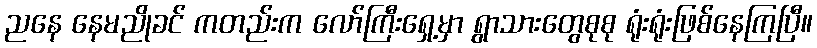
ညနေ နေမညိုခင် ကတည်းက လော်ကြီးရှေ့မှာ ရွာသားတွေစုစု ရုံးရုံးဖြစ်နေကြပြီ။